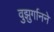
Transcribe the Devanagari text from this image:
वुझुर्गानने